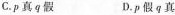
C.p 真 q 假 D.p假 q 真